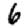
Digit: 6